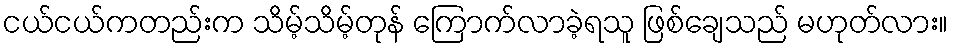
ငယ်ငယ်ကတည်းက သိမ့်သိမ့်တုန် ကြောက်လာခဲ့ရသူ ဖြစ်ချေသည် မဟုတ်လား။